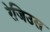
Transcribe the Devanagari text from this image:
रेजिउस